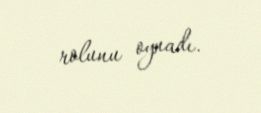
rolunu oynadı.